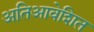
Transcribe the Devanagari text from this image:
अतिआवेशित